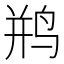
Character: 𫛨